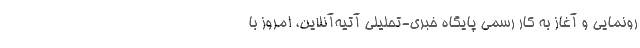
رونمایی و آغاز به کار رسمی پایگاه خبری-تحلیلی آتیه‌آنلاین، امروز با